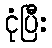
ငုံပြီး